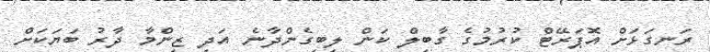
ރަނގަޅަށް އޮޕަރޭޓް ކުރުމުގެ ގާބިލް ކަން ލިބިގެންދާނެ އަދި ޒިންމާ ދާރު ބަޔަކަށް